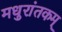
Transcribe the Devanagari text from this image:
मधुरांतकम्